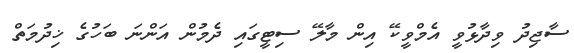
ސާޖިދު ވިދާޅުވީ އެމްވީކޭ އިން މާލޭ ސިޓީގައި ދެމުން އަންނަ ބަހުގެ ޚިދުމަތް